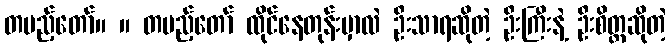
တပည့်တော်။ ။ တပည့်တော် ထိုင်နေတုန်းမှာလဲ ဦးသာရဆိုတဲ့ ဦးကြီးနဲ့ ဦးစိတ္တဆိုတဲ့